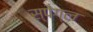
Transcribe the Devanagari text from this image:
स्पेंग्ल